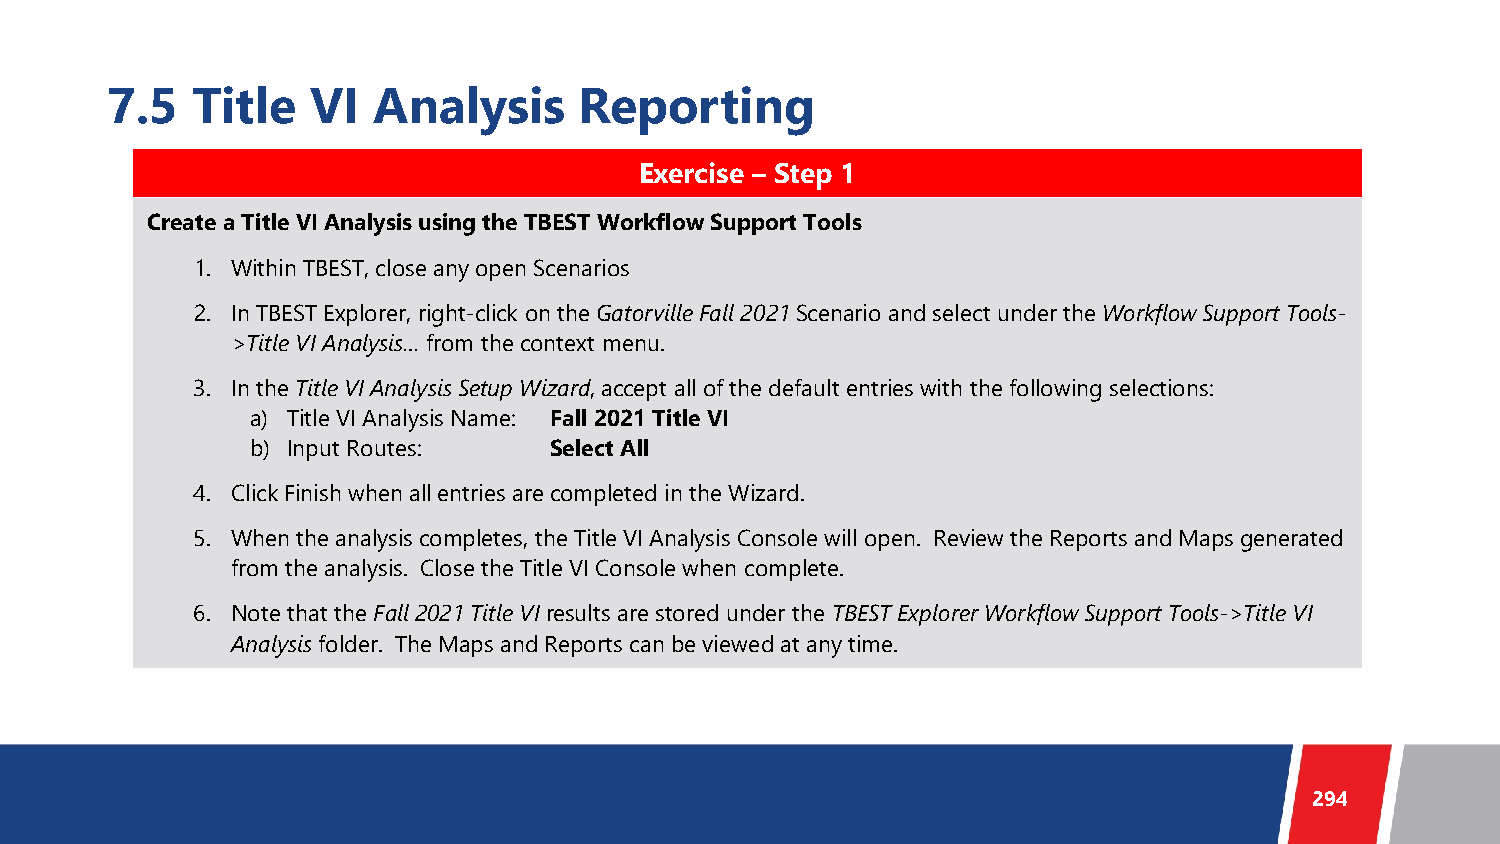
7.5   Title   VI  Analysis     Reporting
 Exercise – Step 1
 Create a Title VI Analysis using the TBEST Workflow Support Tools
 1. Within TBEST, close any open Scenarios
 2. In TBEST Explorer, right-click on the GatorvilleFall 2021 Scenario and select under the Workflow Support Tools-
 >Title VI Analysis… from the context menu.
 3. In the Title VI Analysis Setup Wizard, accept all of the default entries with the following selections:
 a) Title VI Analysis Name: Fall 2021 Title VI
 b) Input Routes:   Select All
 4. Click Finish when all entries are completed in the Wizard.
 5. When the analysis completes, the Title VI Analysis Console will open. Review the Reports and Maps generated
 from the analysis. Close the Title VI Console when complete.
 6. Note that the Fall 2021 Title VI results are stored under the TBEST Explorer Workflow Support Tools->Title VI
 Analysisfolder. The Maps and Reports can be viewed at any time.
 294